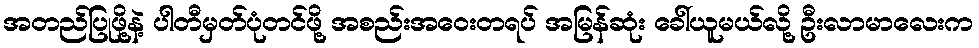
အတည်ပြုဖို့နဲ့ ပါတီမှတ်ပုံတင်ဖို့ အစည်းအဝေးတရပ် အမြန်ဆုံး ခေါ်ယူမယ်လို့ ဦးလာမာလေးက